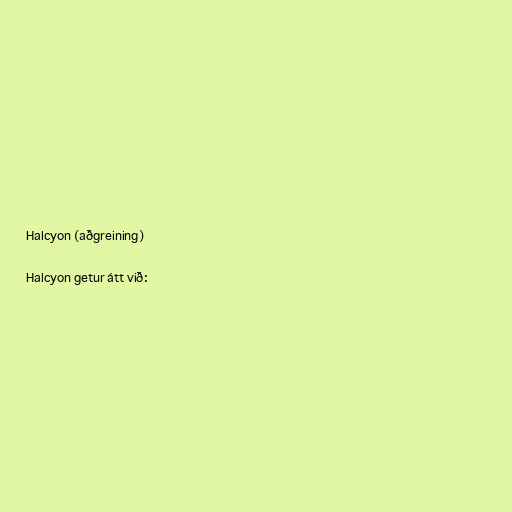
Halcyon (aðgreining)

Halcyon getur átt við: